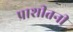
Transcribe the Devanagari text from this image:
प्राशीतनी